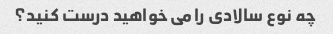
چه نوع سالادی را می خواهید درست کنید؟